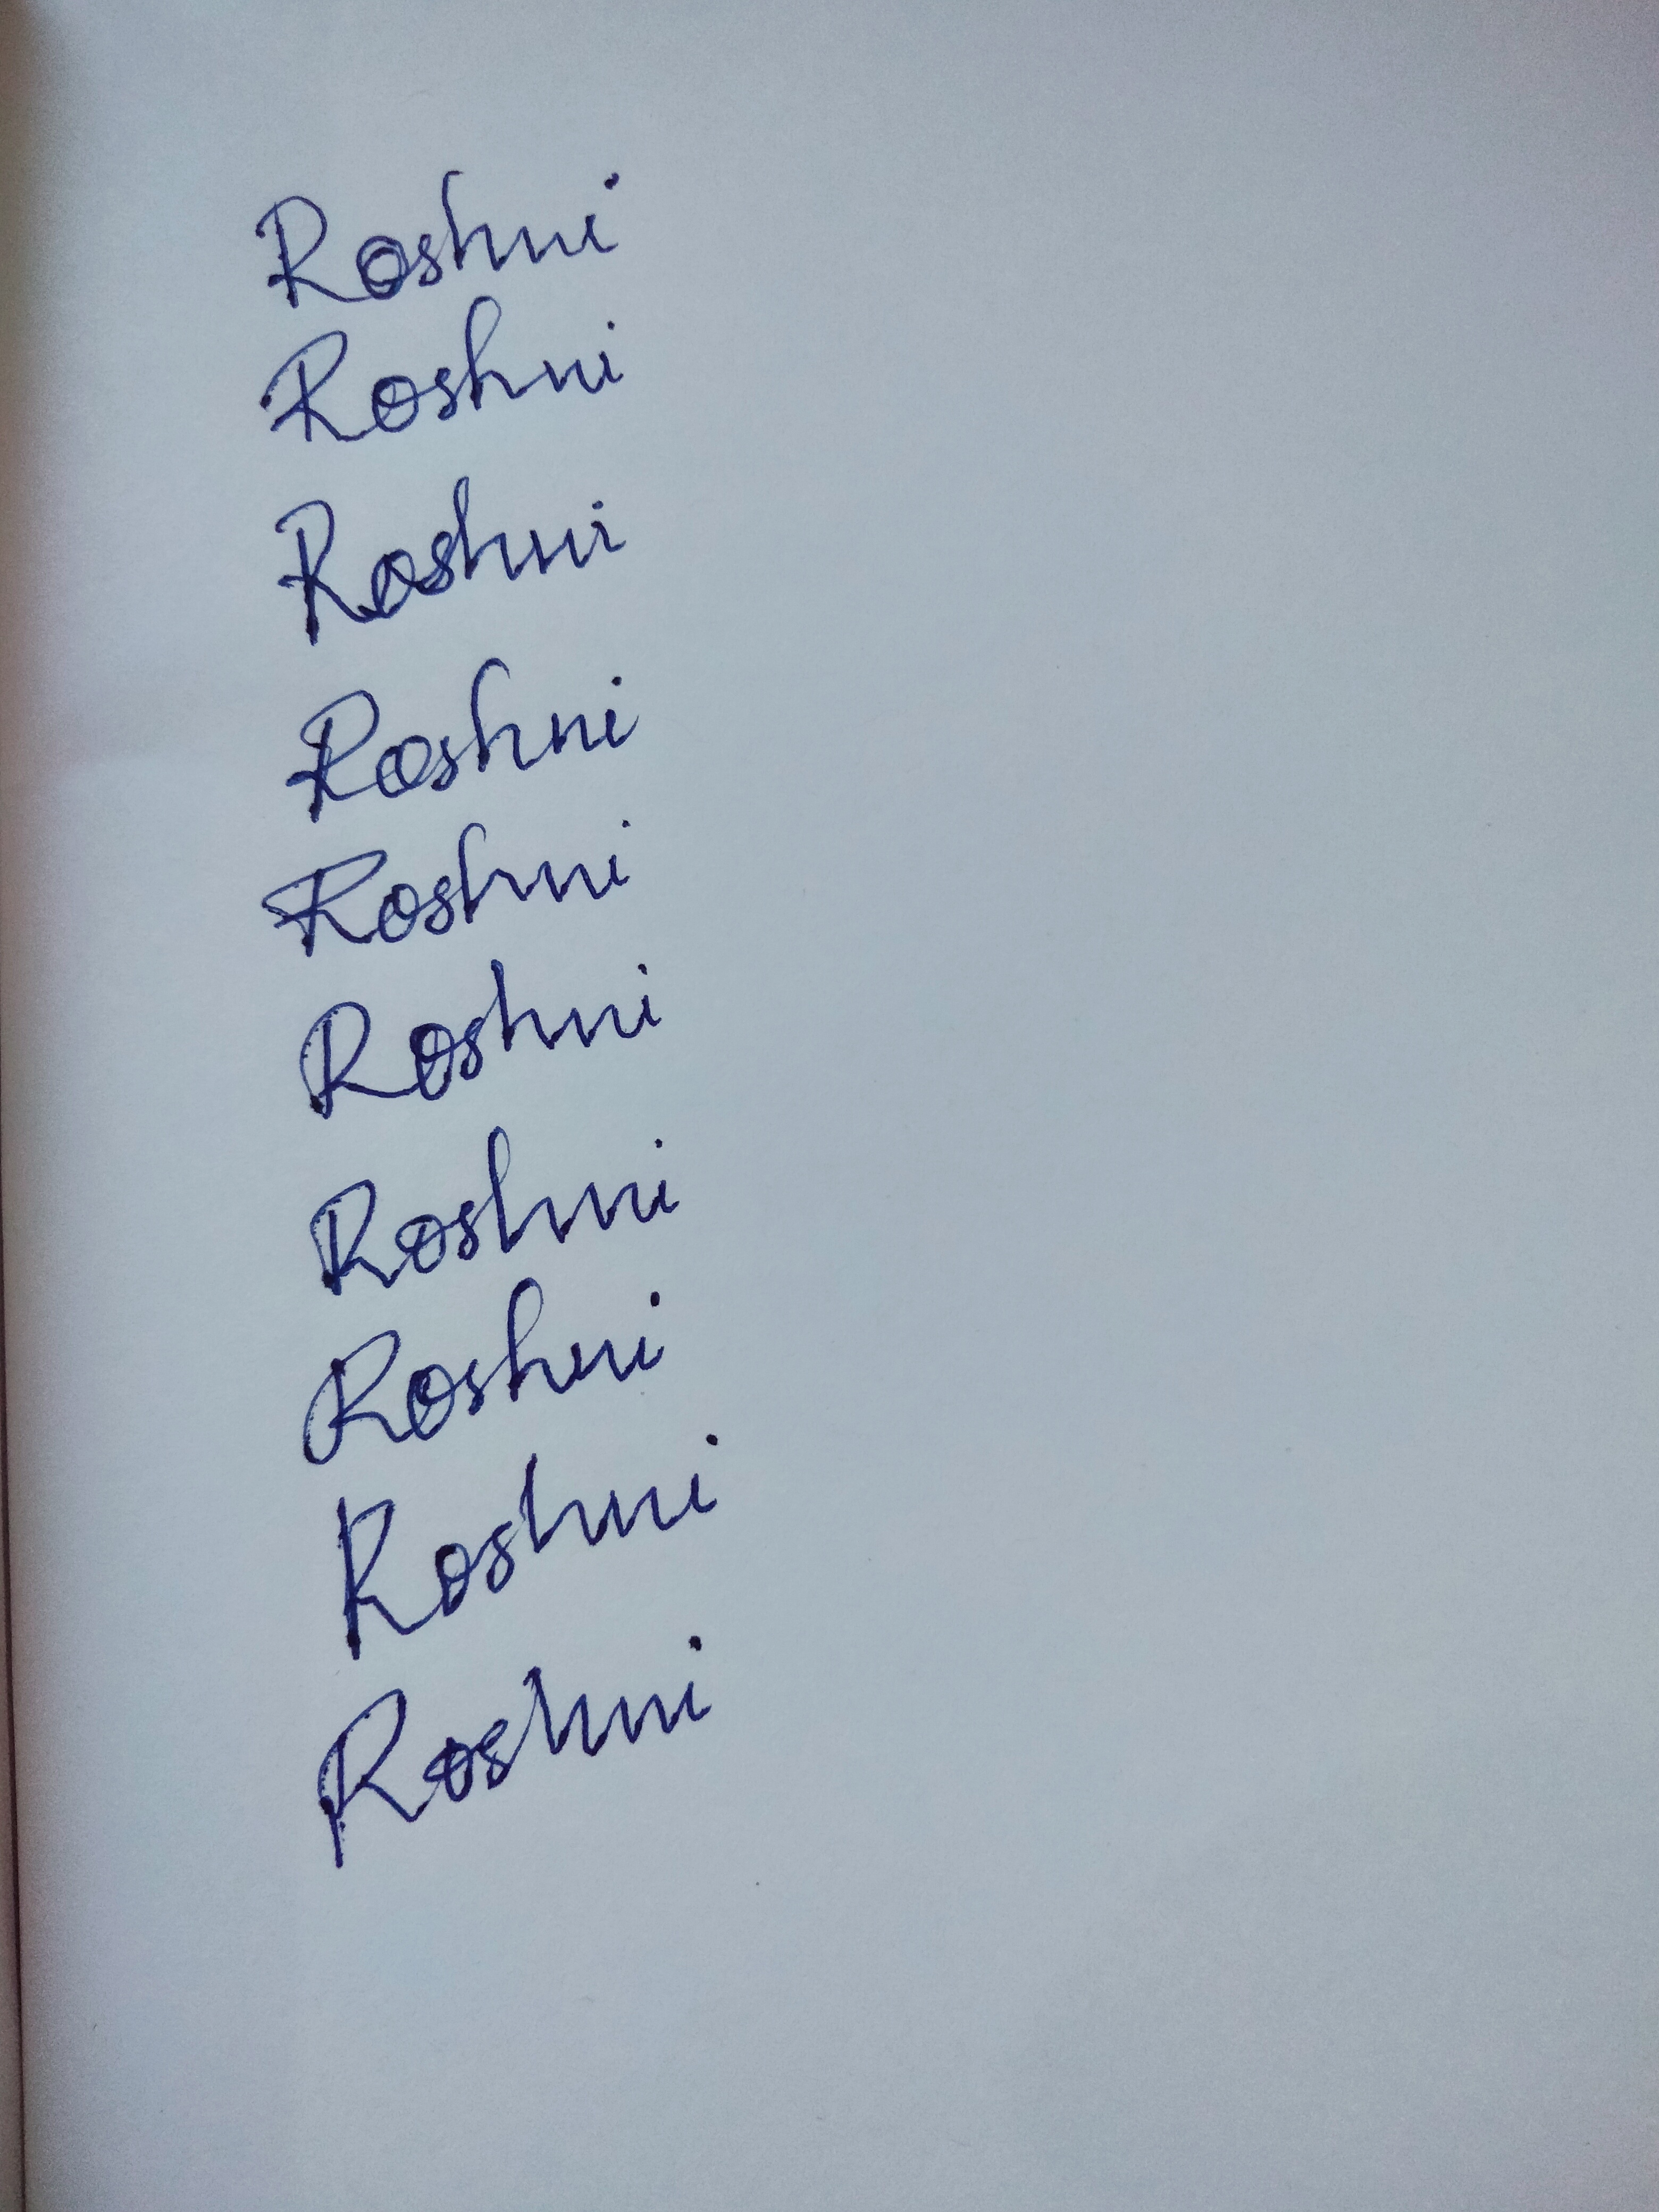
Signature authenticity: forged